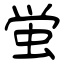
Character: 蛍